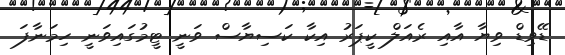
ޑޭވިޑް ވިޔާ އާއި ރެއަލް ކީޕަރު އިކާ ކަސިޔާސް ވަނީ ޓީމުގައިވަނީ ހިމަނާފަ